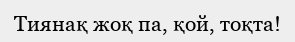
Тиянақ жоқ па, қой, тоқта!